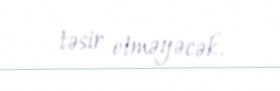
təsir etməyəcək.